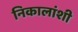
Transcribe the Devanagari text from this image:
निकालांशी